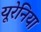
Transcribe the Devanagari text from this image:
यूरेनिया